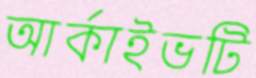
আর্কাইভটি